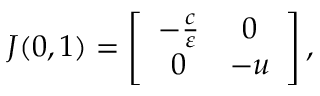
\begin{array} { r } { J ( 0 , 1 ) = \left[ { \begin{array} { c c } { - \frac { c } { \varepsilon } } & { 0 } \\ { 0 } & { - u } \end{array} } \right] , } \end{array}